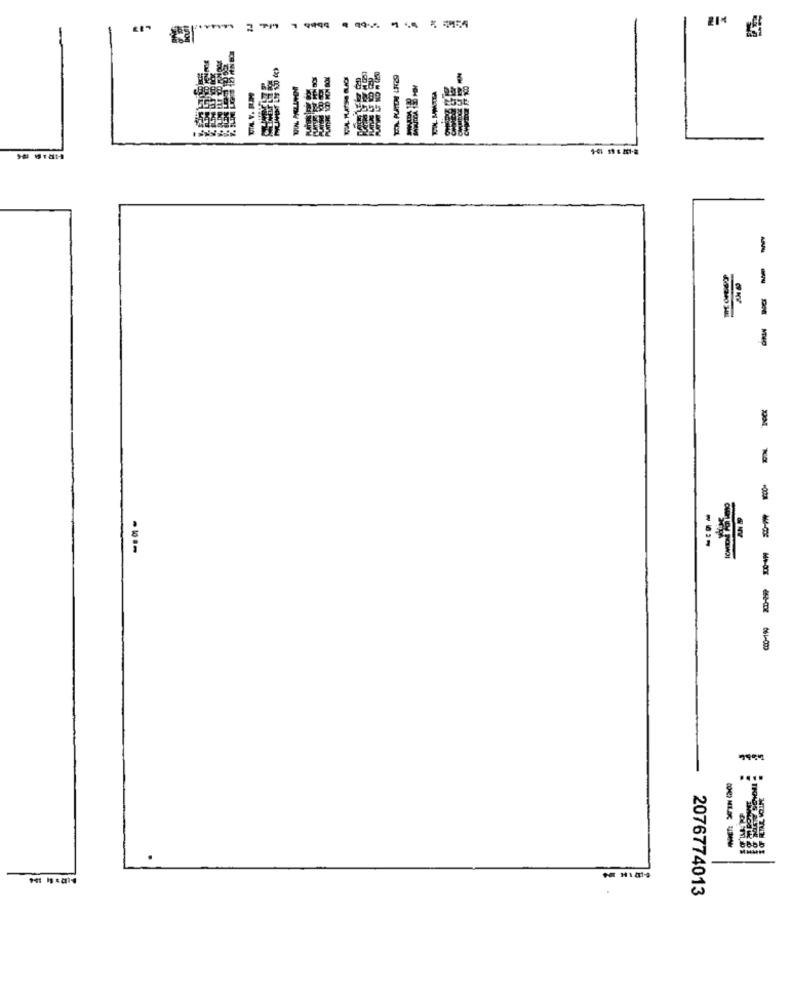
-
....
2076774013